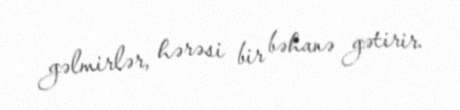
gəlmirlər, hərəsi bir bəhanə gətirir.